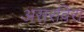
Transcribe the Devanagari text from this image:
असरविरा